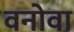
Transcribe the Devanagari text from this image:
वनोवा